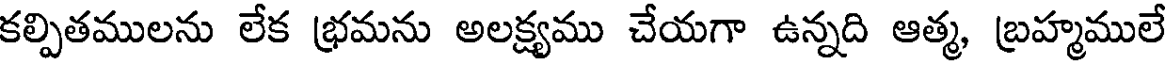
కల్పితములను లేక భ్రమను అలక్ష్యము చేయగా ఉన్నది ఆత్మ, బ్రహ్మములే